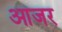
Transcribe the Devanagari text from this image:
आजर